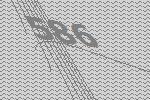
586